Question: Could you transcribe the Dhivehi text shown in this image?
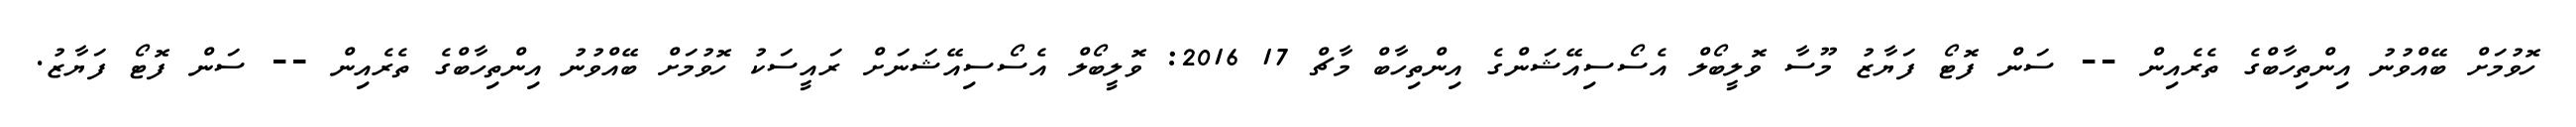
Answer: ހޮވުމަށް ބޭއްވުނު އިންތިހާބްގެ ތެރެއިން -- ސަން ފޮޓޯ ފަޔާޒު މޫސާ ވޮލީބޯލް އެސޯސިއޭޝަންގެ އިންތިހާބް މާޗް 17 2016: ވޮލީބޯލް އެސޯސިއޭޝަނަށް ރައީސަކު ހޮވުމަށް ބޭއްވުނު އިންތިހާބްގެ ތެރެއިން -- ސަން ފޮޓޯ ފަޔާޒު.